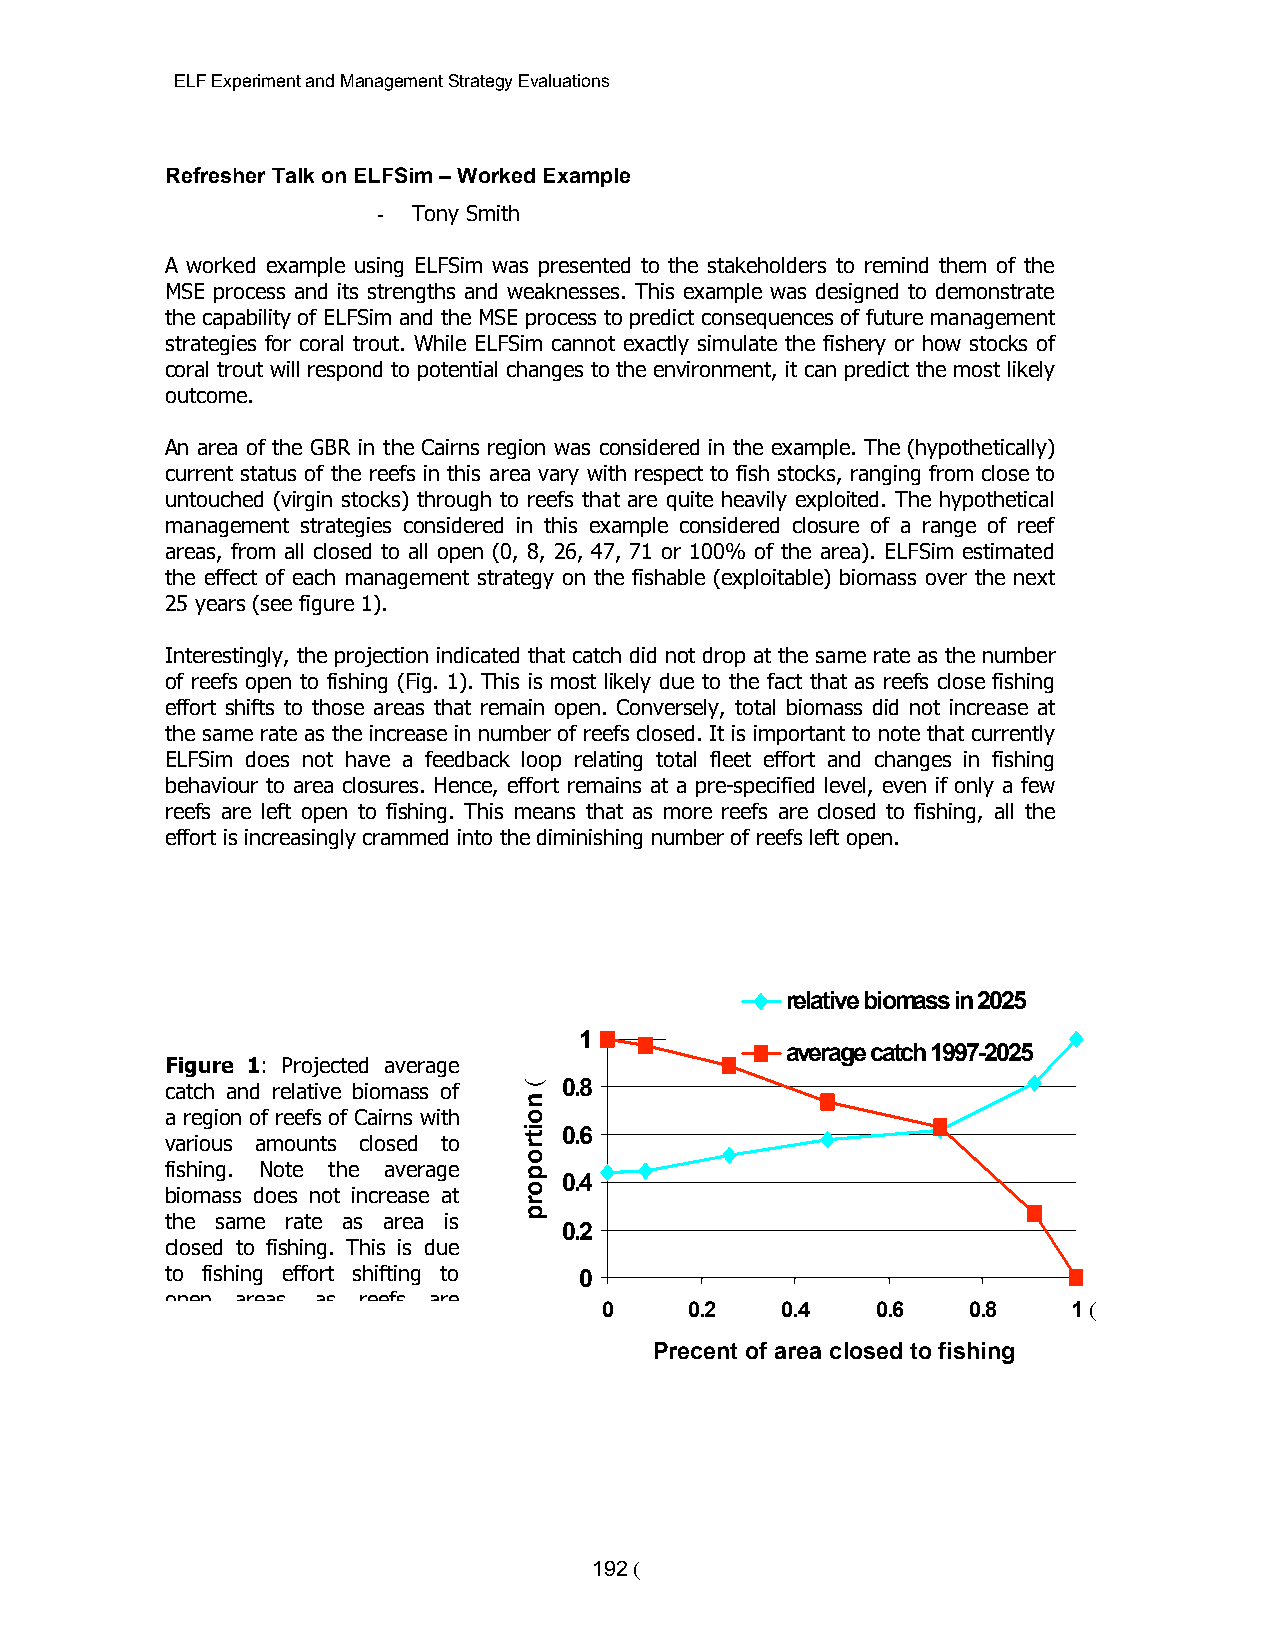
ELF Experiment and Management Strategy Evaluations
 Refresher Talk on ELFSim – Worked Example
 - Tony Smith
 A worked example using ELFSim was presented to the stakeholders to remind them of the
 MSE process and its strengths and weaknesses. This example was designed to demonstrate
 the capability of ELFSim and the MSE process to predict consequences of future management
 strategies for coral trout. While ELFSim cannot exactly simulate the fishery or how stocks of
 coral trout will respond to potential changes to the environment, it can predict the most likely
 outcome.
 An area of the GBR in the Cairns region was considered in the example. The (hypothetically)
 current status of the reefs in this area vary with respect to fish stocks, ranging from close to
 untouched (virgin stocks) through to reefs that are quite heavily exploited. The hypothetical
 management strategies considered in this example considered closure of a range of reef
 areas, from all closed to all open (0, 8, 26, 47, 71 or 100% of the area). ELFSim estimated
 the effect of each management strategy on the fishable (exploitable) biomass over the next
 25 years (see figure 1).
 Interestingly, the projection indicated that catch did not drop at the same rate as the number
 of reefs open to fishing (Fig. 1). This is most likely due to the fact that as reefs close fishing
 effort shifts to those areas that remain open. Conversely, total biomass did not increase at
 the same rate as the increase in number of reefs closed. It is important to note that currently
 ELFSim does not have a feedback loop relating total fleet effort and changes in fishing
 behaviour to area closures. Hence, effort remains at a pre-specified level, even if only a few
 reefs are left open to fishing. This means that as more reefs are closed to fishing, all the
 effort is increasingly crammed into the diminishing number of reefs left open.
 relative biomass in 2025
 1
 average catch 1997-2025
 Figure 1: Projected average
 0.8
 catch and relative biomass of
 a region of reefs of Cairns with
 0.6
 various amounts closed to
 fishing. Note the average
 0.4
 biomass does not increase at
 the same rate as area is
 0.2
 closed to fishing. This is due
 to fishing effort shifting to 0
 open areas as reefs are
 0     0.2   0.4   0.6   0.8    1 (
 Precent of area closed to fishing
 192 (
 (n
 oitroporp